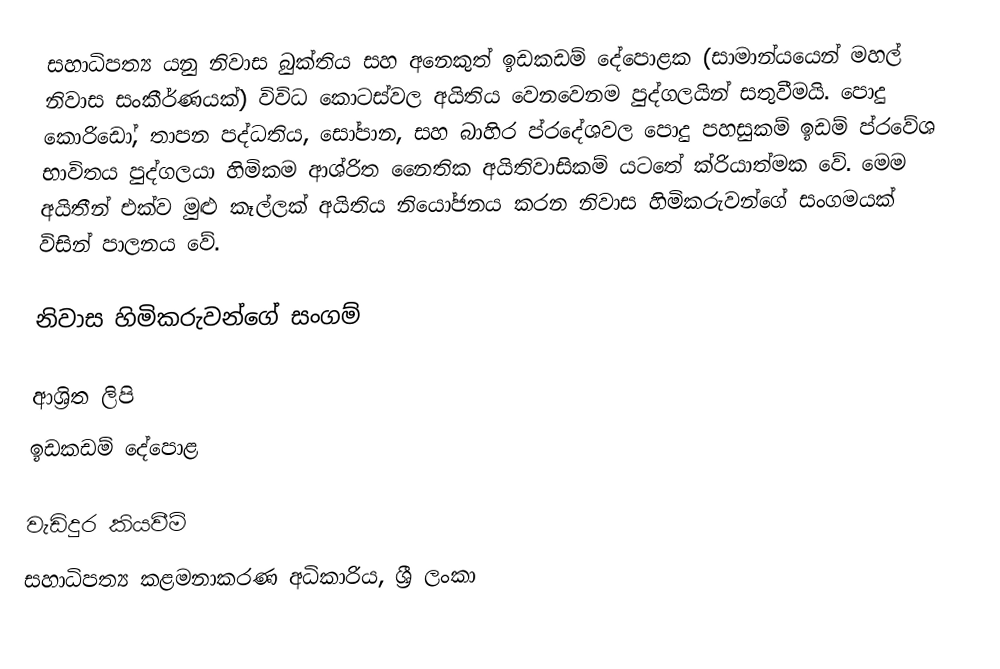
සහාධිපත්‍ය යනු නිවාස බුක්තිය සහ අනෙකුත් ඉඩකඩම් දේපොළක (සාමාන්යයෙන් මහල් නිවාස සංකීර්ණයක්) විවිධ කොටස්වල අයිතිය වෙනවෙනම පුද්ගලයින් සතුවීමයි. පොදු කොරිඩෝ, තාපන පද්ධතිය, සෝපාන, සහ බාහිර ප්රදේශවල පොදු පහසුකම් ඉඩම් ප්රවේශ භාවිතය පුද්ගලයා හිමිකම ආශ්රිත නෛතික අයිතිවාසිකම් යටතේ ක්රියාත්මක වේ. මෙම අයිතීන් එක්ව මුළු කෑල්ලක් අයිතිය නියෝජනය කරන නිවාස හිමිකරුවන්ගේ සංගමයක් විසින් පාලනය වේ.

නිවාස හිමිකරුවන්ගේ සංගම්

ආශ්‍රිත ලිපි
 ඉඩකඩම් දේපොළ

වැඩිදුර කියවීම්
සහාධිපත්‍ය කළමනාකරණ අධිකාරිය, ශ්‍රී ලංකා